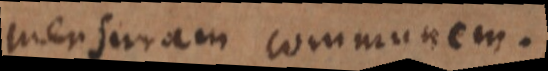
mensuram communem.